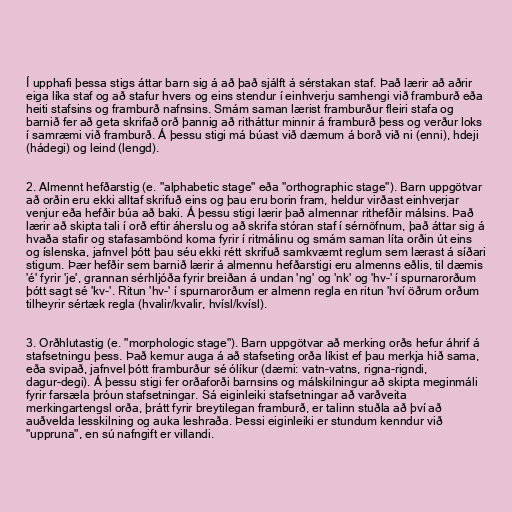
Í upphafi þessa stigs áttar barn sig á að það sjálft á sérstakan staf. Það lærir að aðrir
eiga líka staf og að stafur hvers og eins stendur í einhverju samhengi við framburð eða
heiti stafsins og framburð nafnsins. Smám saman lærist framburður fleiri stafa og
barnið fer að geta skrifað orð þannig að ritháttur minnir á framburð þess og verður loks
í samræmi við framburð. Á þessu stigi má búast við dæmum á borð við ni (enni), hdeji
(hádegi) og leind (lengd).

2. Almennt hefðarstig (e. "alphabetic stage" eða "orthographic stage"). Barn uppgötvar
að orðin eru ekki alltaf skrifuð eins og þau eru borin fram, heldur virðast einhverjar
venjur eða hefðir búa að baki. Á þessu stigi lærir það almennar rithefðir málsins. Það
lærir að skipta tali í orð eftir áherslu og að skrifa stóran staf í sérnöfnum, það áttar sig á
hvaða stafir og stafasambönd koma fyrir í ritmálinu og smám saman líta orðin út eins
og íslenska, jafnvel þótt þau séu ekki rétt skrifuð samkvæmt reglum sem lærast á síðari
stigum. Þær hefðir sem barnið lærir á almennu hefðarstigi eru almenns eðlis, til dæmis
'é' fyrir 'je', grannan sérhljóða fyrir breiðan á undan 'ng' og 'nk' og 'hv-' í spurnarorðum
þótt sagt sé 'kv-'. Ritun 'hv-' í spurnarorðum er almenn regla en ritun 'hví öðrum orðum
tilheyrir sértæk regla (hvalir/kvalir, hvísl/kvísl).

3. Orðhlutastig (e. "morphologic stage"). Barn uppgötvar að merking orðs hefur áhrif á
stafsetningu þess. Það kemur auga á að stafseting orða líkist ef þau merkja hið sama,
eða svipað, jafnvel þótt framburður sé ólíkur (dæmi: vatn-vatns, rigna-rigndi,
dagur-degi). Á þessu stigi fer orðaforði barnsins og málskilningur að skipta meginmáli
fyrir farsæla þróun stafsetningar. Sá eiginleiki stafsetningar að varðveita
merkingartengsl orða, þrátt fyrir breytilegan framburð, er talinn stuðla að því að
auðvelda lesskilning og auka leshraða. Þessi eiginleiki er stundum kenndur við
"uppruna", en sú nafngift er villandi.